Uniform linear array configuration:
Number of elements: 32
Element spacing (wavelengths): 0.25
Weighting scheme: blackman
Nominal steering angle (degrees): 0
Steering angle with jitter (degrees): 0.05853
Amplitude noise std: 0.05
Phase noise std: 0.05

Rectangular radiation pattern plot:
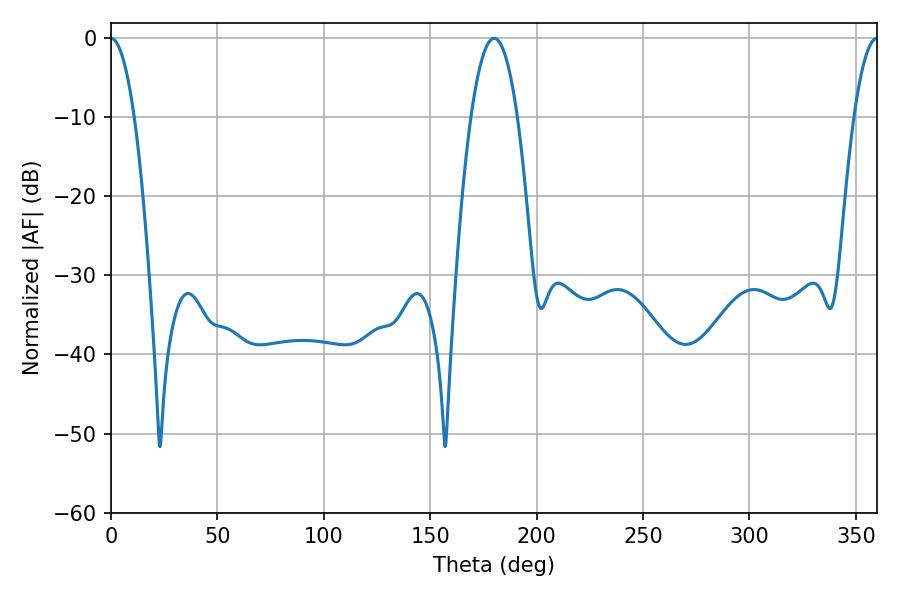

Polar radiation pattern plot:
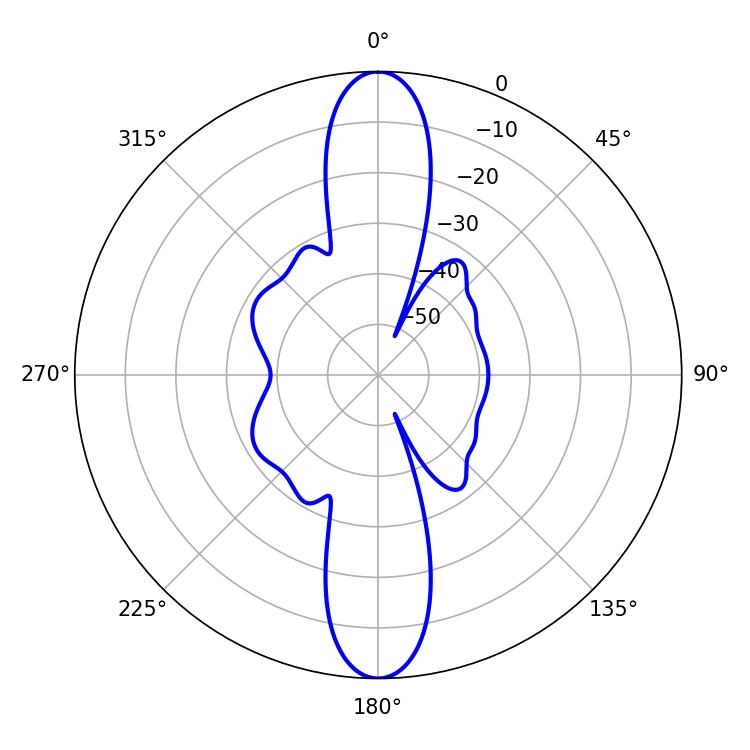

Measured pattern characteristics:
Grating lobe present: FALSE
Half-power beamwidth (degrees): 5.94
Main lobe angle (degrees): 0